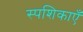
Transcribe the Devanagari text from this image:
स्पशिकाएँ